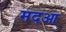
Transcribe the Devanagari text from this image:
मदआ